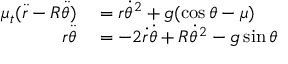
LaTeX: \begin{array} { r l } { \mu _ { t } ( { \ddot { r } } - R { \ddot { \theta } } ) } & { { } = r { \dot { \theta } } ^ { 2 } + g ( \cos { \theta } - \mu ) } \\ { r { \ddot { \theta } } } & { { } = - 2 { \dot { r } } { \dot { \theta } } + R { \dot { \theta } } ^ { 2 } - g \sin { \theta } } \end{array}